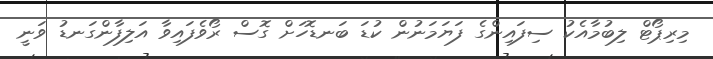
މިރިޕޯޓް ލިބުމާއެކު ސިފައިންގެ ފަޔަމަނުން ކުޑަ ބަނޑޮހަށް ގޮސް ރޯވެފައިވާ އަލިފާންގަނޑު ވަނީ